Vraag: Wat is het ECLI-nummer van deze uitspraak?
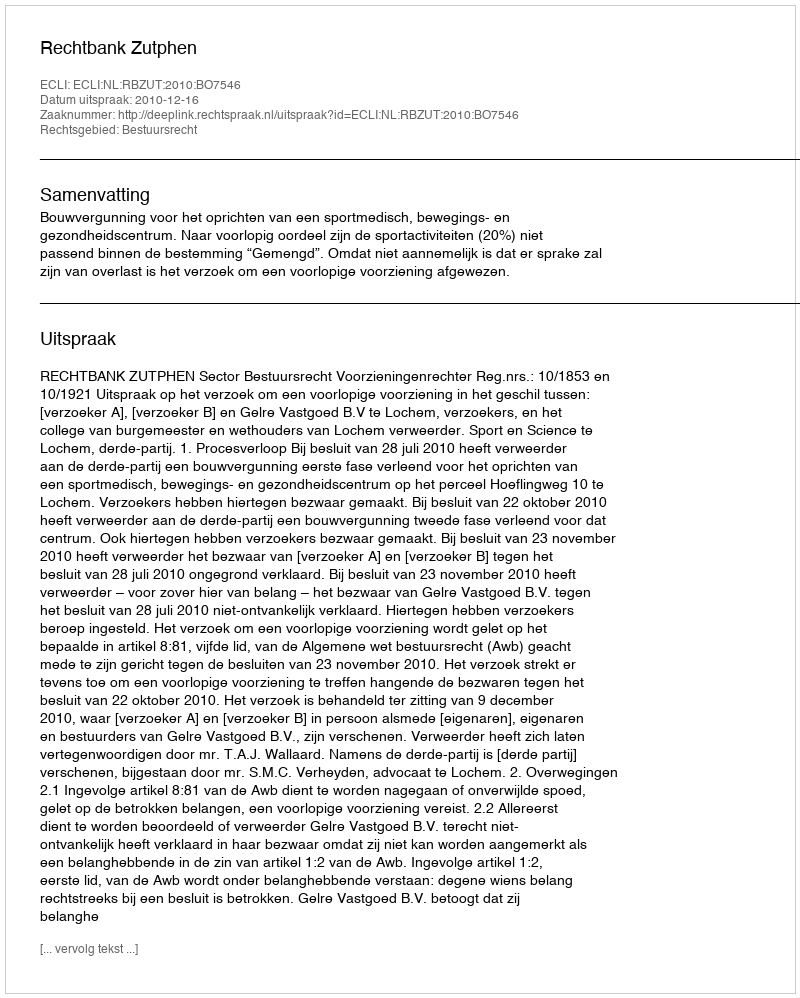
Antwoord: ECLI:NL:RBZUT:2010:BO7546